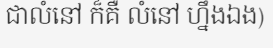
ជាលំនៅ ក៏គឺ លំនៅ ហ្នឹងឯង)